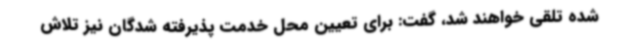
شده تلقی خواهند شد، گفت: برای تعیین محل خدمت پذیرفته شدگان نیز تلاش